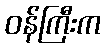
ဝန်ကြီးက